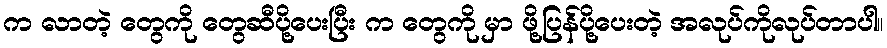
က လာတဲ့ တွေကို တွေဆီပို့ပေးပြီး က တွေကို မှာ ဖို့ပြန်ပို့ပေးတဲ့ အလုပ်ကိုလုပ်တာပါ။